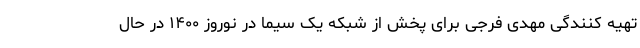
تهیه کنندگی مهدی فرجی برای پخش از شبکه یک سیما در نوروز ۱۴۰۰ در حال